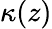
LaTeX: \kappa(z)